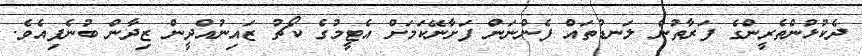
ދެކުޅުންތެރީންގެ ފަރާތުން ލަނޑުތައް ފެންނަން ފަށާނޭކަމަށް އެޓީމުގެ ކޯޗު ޒައިނުއްދީން ޒިދާން ބުނެފިއެވެ.